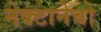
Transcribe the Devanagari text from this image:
नेक्टानेबो